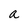
Character: a